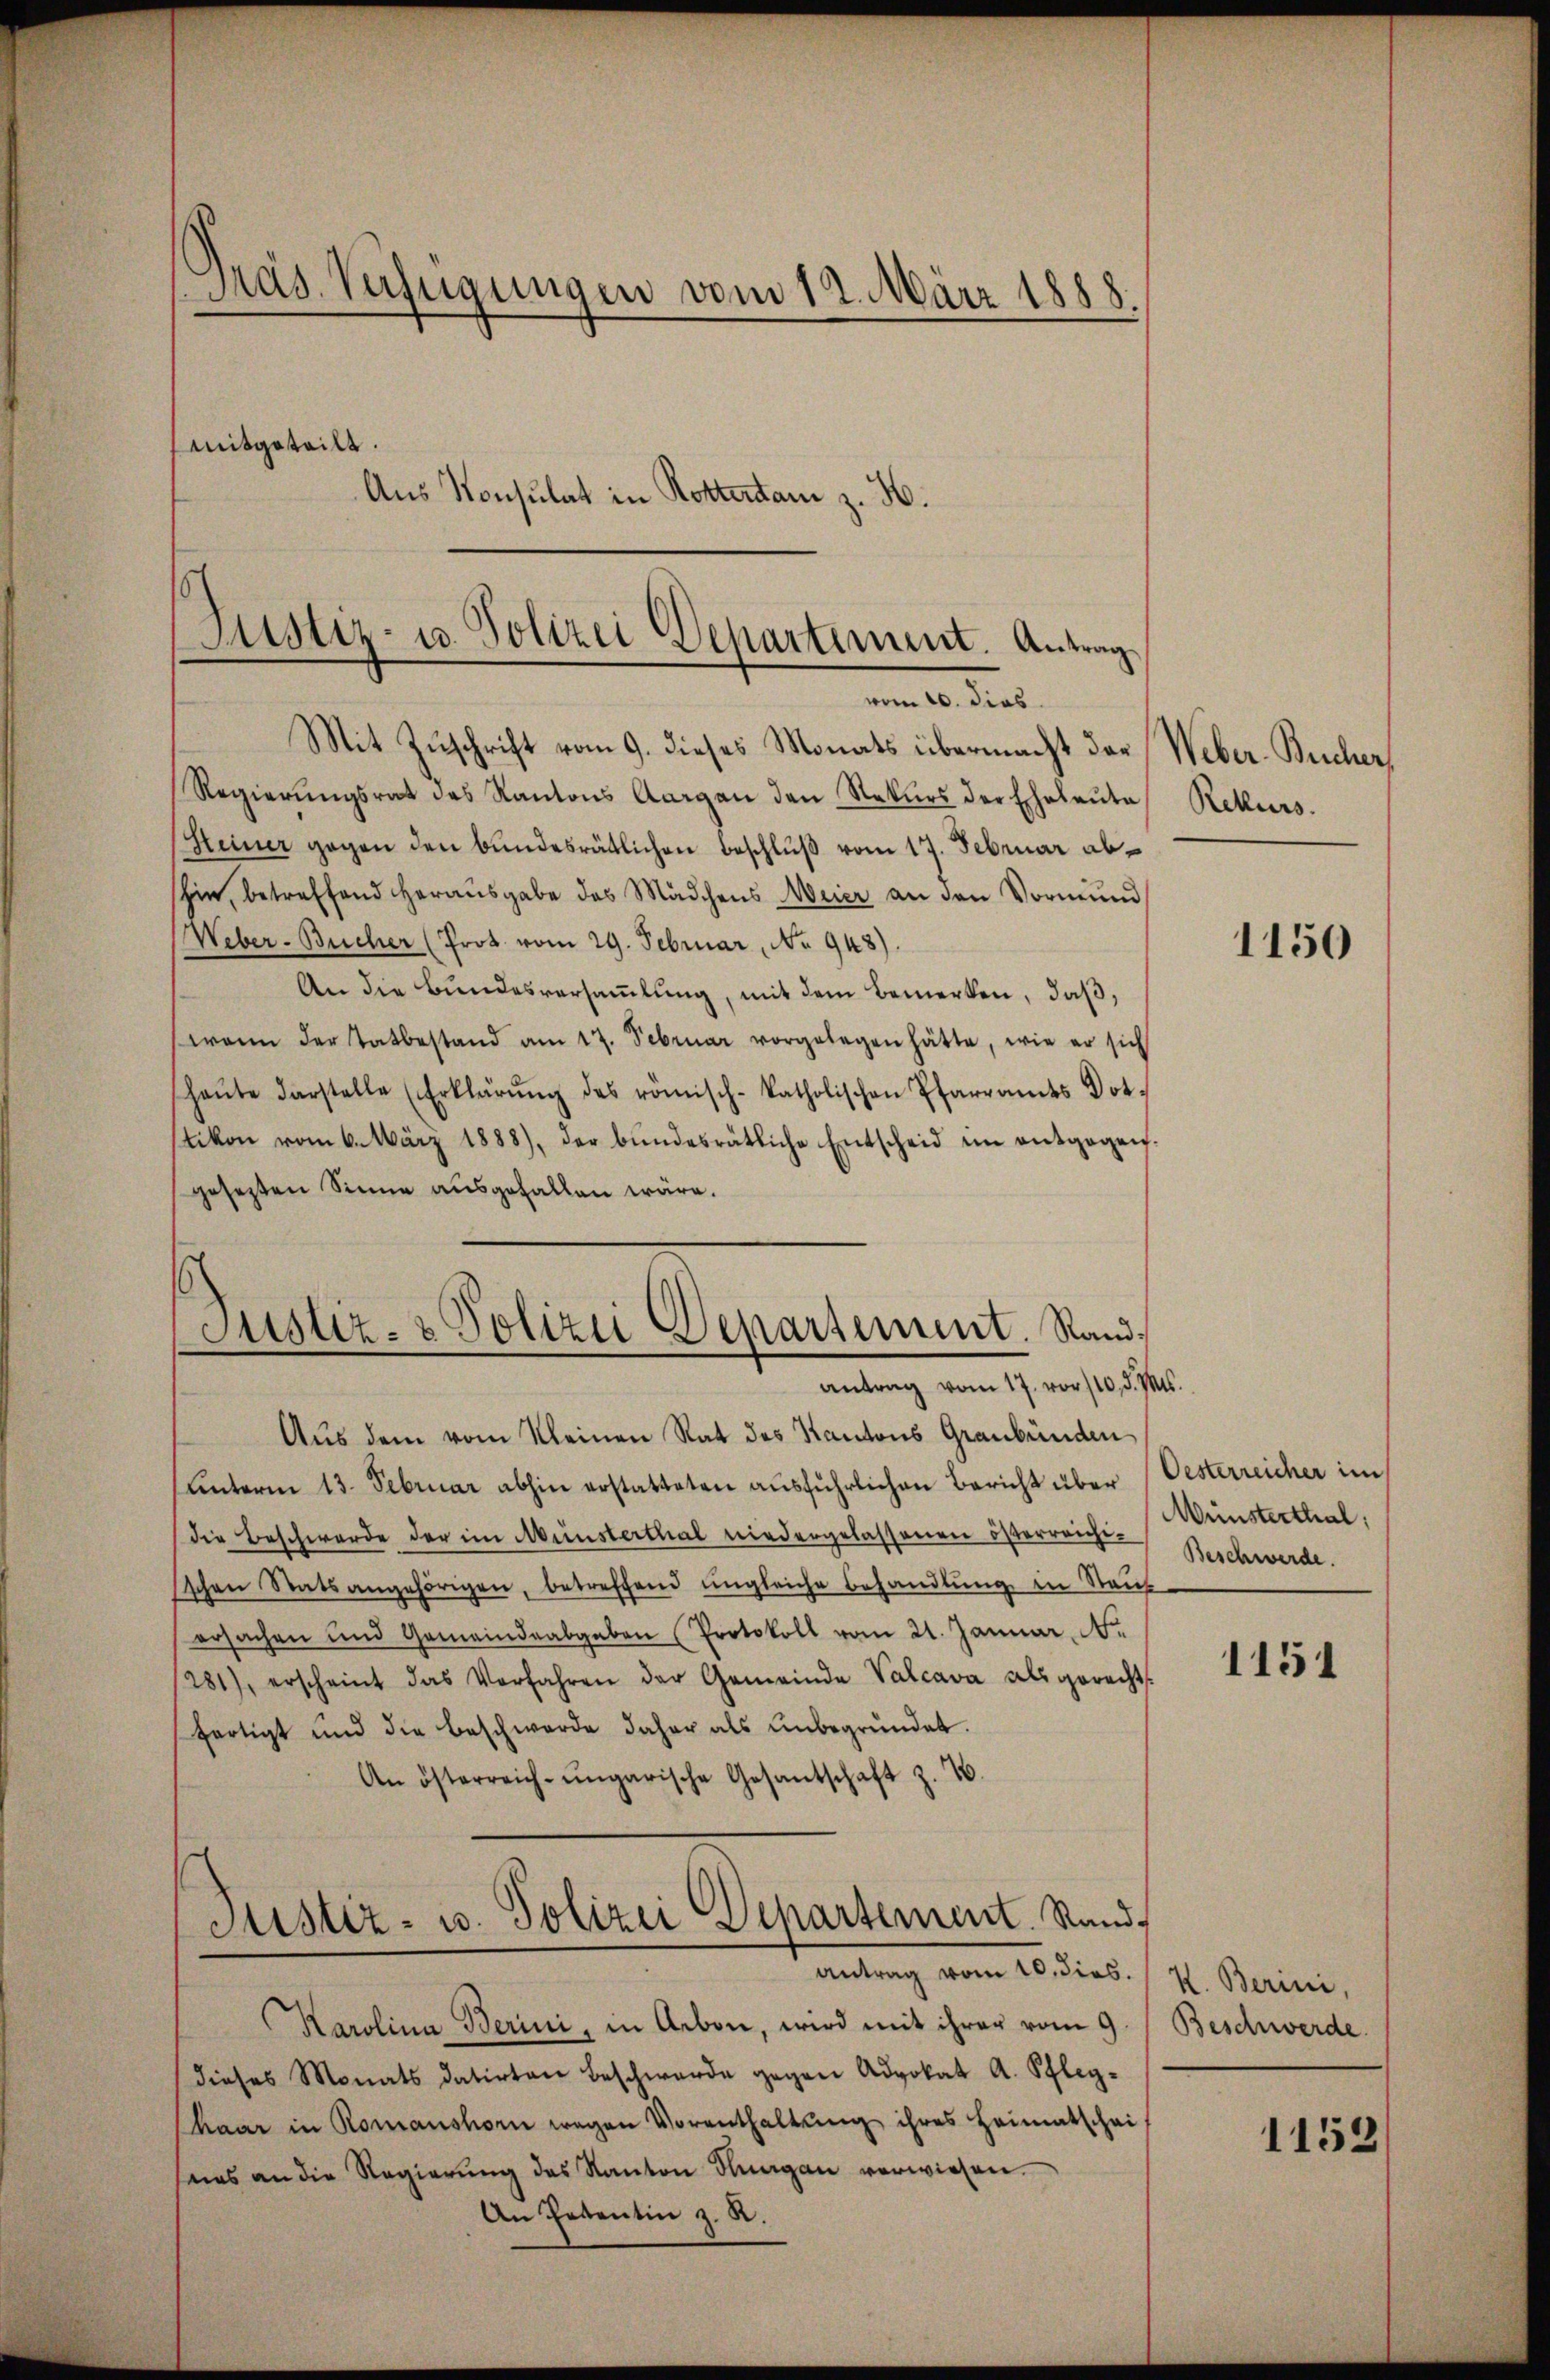
Pras. Verfügungen vom 12. März 1888.
mitgeteilt.
Aus Konsulat in Rottertan z. H.

Justiz- u. Polizei Departiment. Antrag
vom 20. dies

Justiz- & Polizei Departement. Stand,
antrag vom 17. vor 110. d. Mts.

Mit Zuschrift vom 9. dieses Monats übermacht das
Regierŭngsrat des Kantons Aargau den Rekurs der Eheleute Rekurs.
Heiner gegen den bundesrätlichen Beschluß vom 17. Februar abhin, betreffend heraŭsgabe des Mädchens Weier an den Vormŭnd
Weber-Bucher (Prot. vom 29. Februar, No 948).
An die Bundesversaṁlŭng, mit dem Bemerken, daß,
wann der Tatbestand am 17. Februar vorgelegen hätte, wie er sich
haŭte darstelle (Erklärŭng des römisch-katholischen Pfarramts Dot.
tikon vom 6. März 1888), der bundesrätliche Entscheid im entgegengesezten Sinne ausgefallen wäre.
Aus dem vom Kleinen Rat des Kantons Graubünden
unterm 13. Februar abhin erstatteten ausführlichen Bericht über Oesterreicher im
die Beschwerde der im Münsterthal niedergelassenen österreichi-
schen Statsangehörigen, betreffend ungleiche Behandlung in Raub
ersachen und Gemeindeabgaben Protokoll vom 21. Januar, N.
281), erscheint das Verfahren der Gemeinde Valcava als gerecht,
fertigt und die Beschwerde daher als unbegründet.
An österreich-ungarische Gesantschaft z. B.
Justiz- u. Polizei Departement. Stand
Antrag vom 10. dies.
Karolina Berini, in Arbon, wird mit ihrer vom 9.
dieses Monats datirten beschwerde gegen Advokat A. Pfleg-
Chaar in Romanshorn wegen Vorenthaltŭng ihres Heimatschai
seis an die Regierŭng des Kanton Knagan verwiesen.
An Petentin z. R.

Weber-Bescher,

1150

Münsterthal,
Beschwerde.

1151

K. Berini,
Beschwerde.

1152